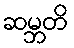
ဆမ္ဘတိ